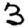
Digit: 3